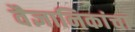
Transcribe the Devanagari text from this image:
वैज्ञानिकांचा